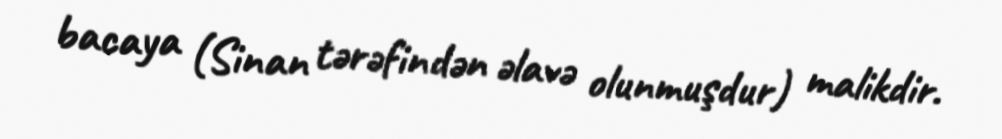
bacaya (Sinan tərəfindən əlavə olunmuşdur) malikdir.